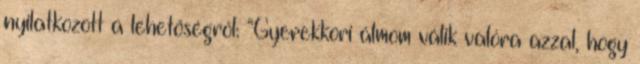
nyilatkozott a lehetőségről: “Gyerekkori álmom válik valóra azzal, hogy